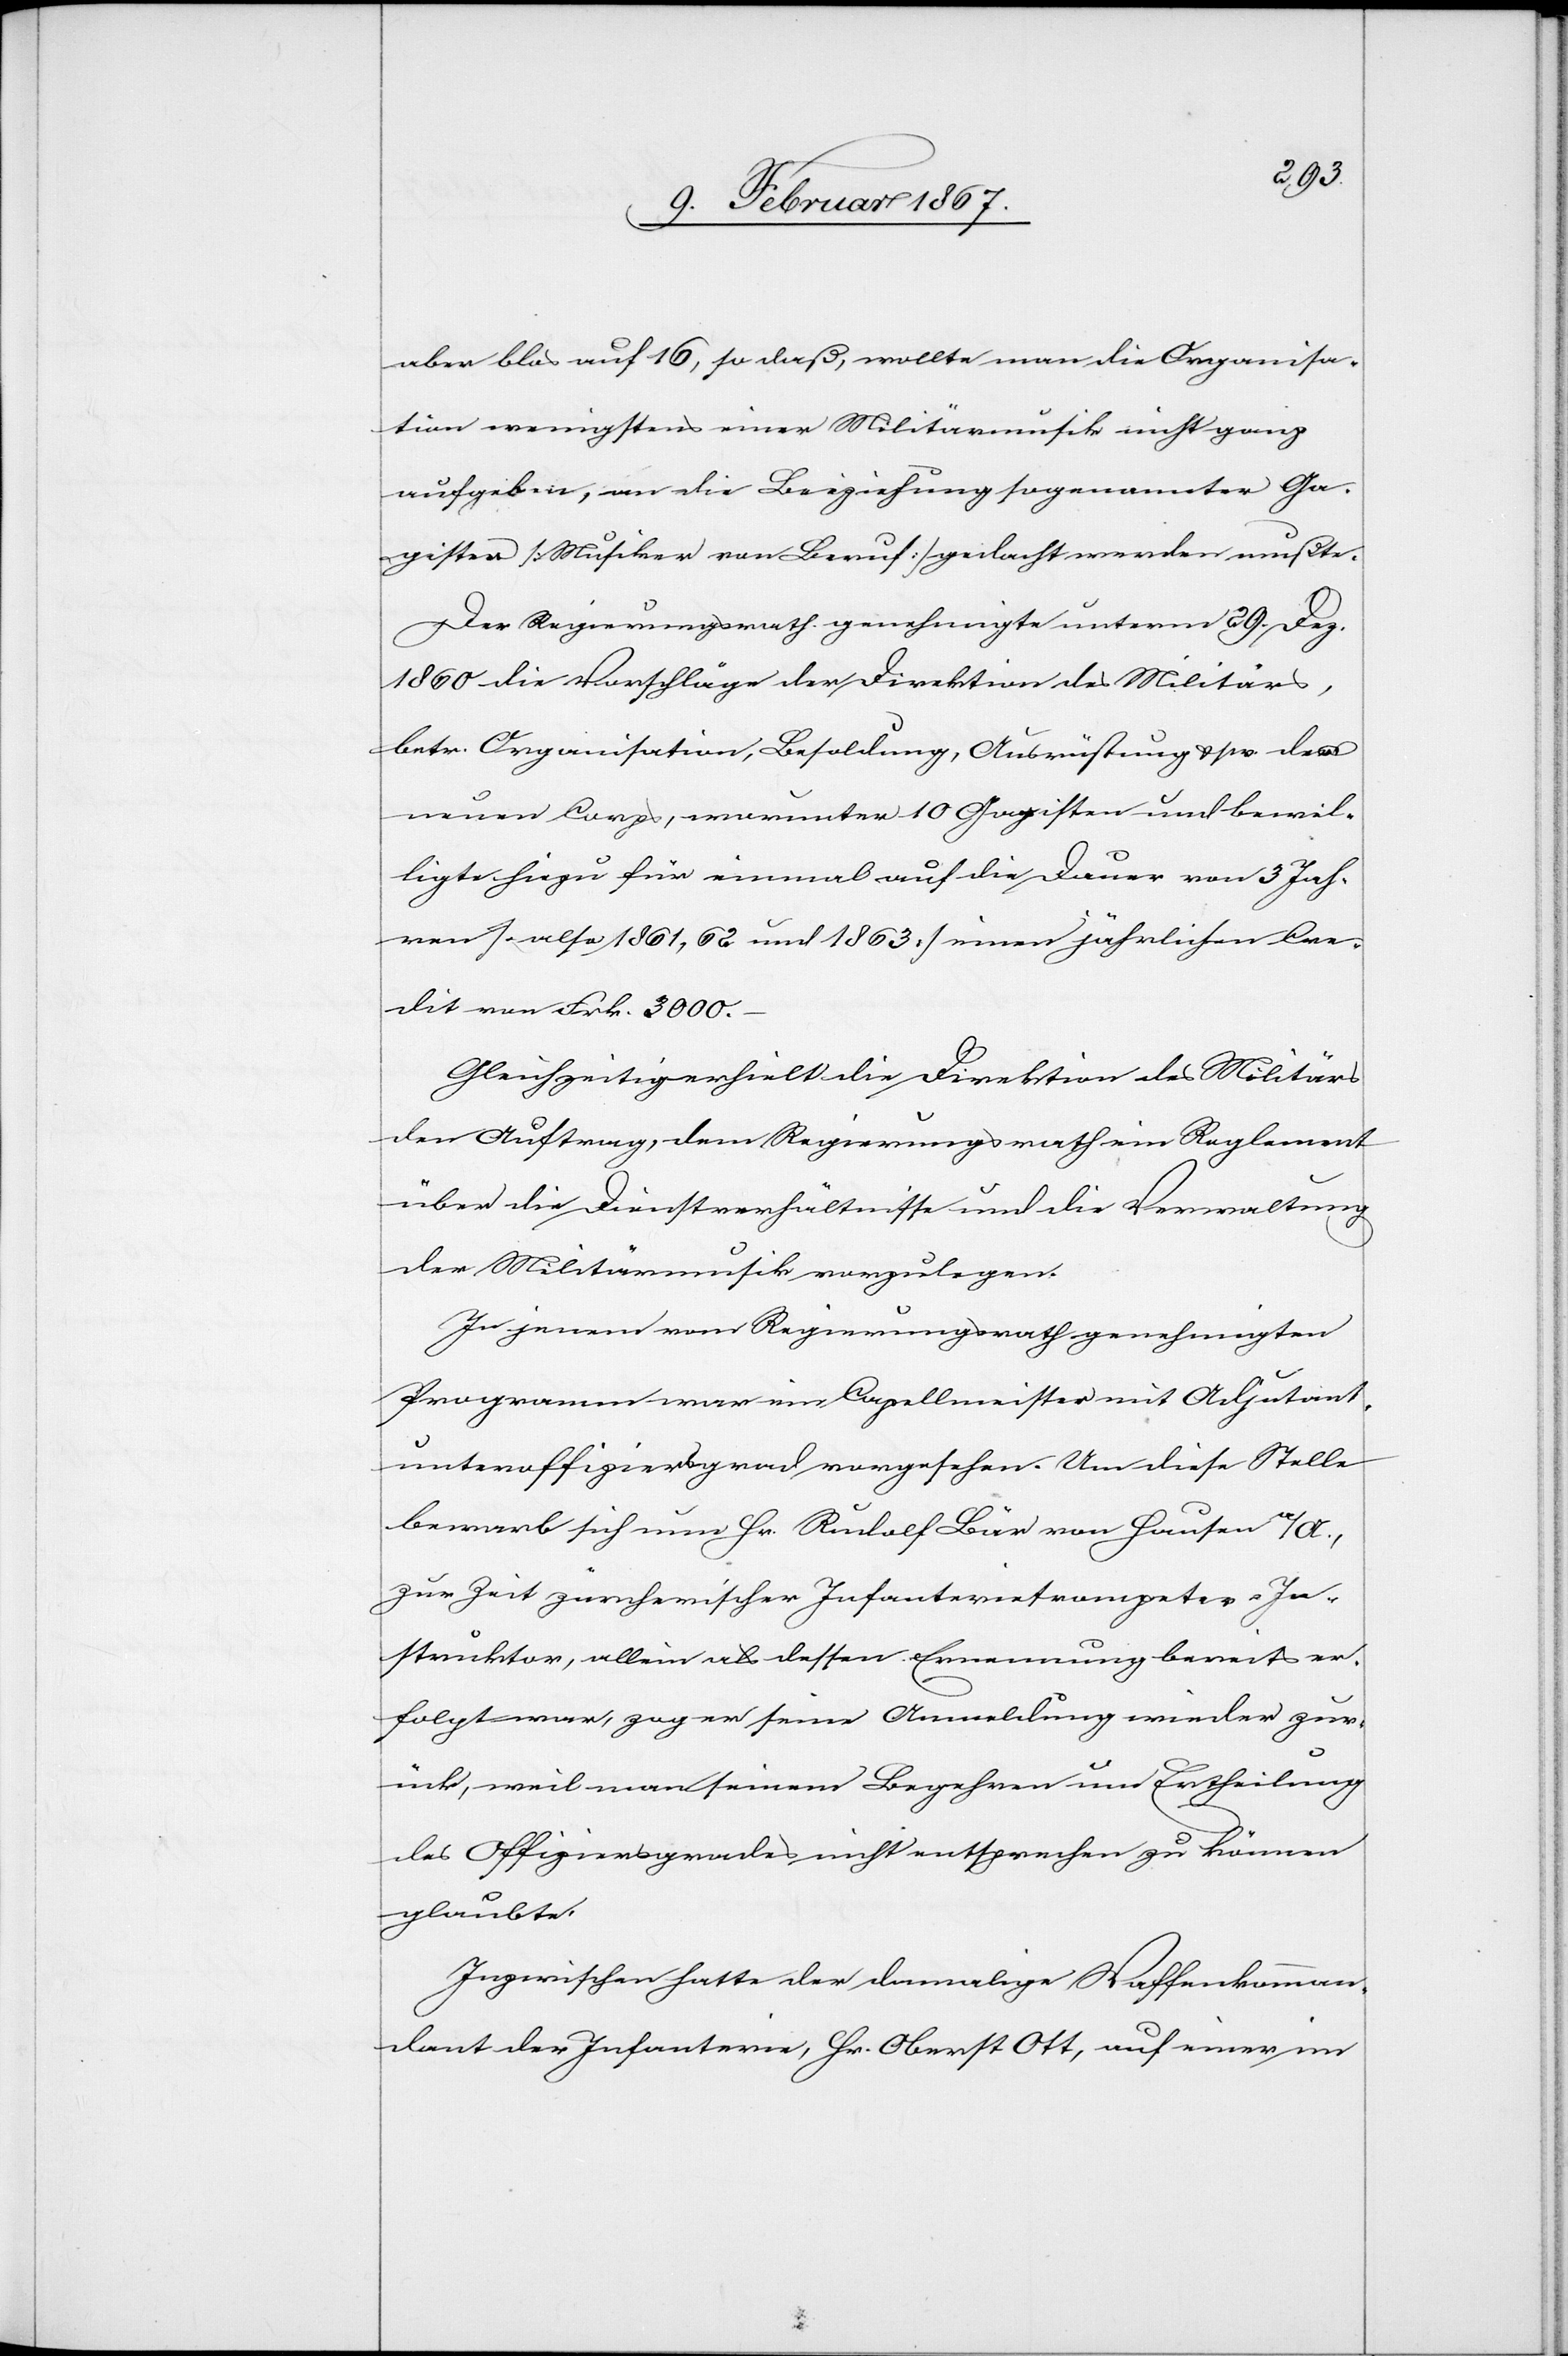
aber blos auf 16, so daß, wollte man die Organisa¬
tion wenigstens einer Militärmusik nicht ganz
aufgeben, an die Beiziehung sogenannter Ga¬
gisten [Musiker von Beruf] gedacht werden mußte.
Der Regierungsrath genehmigte unterm 29. Dez.
1860 die Vorschläge der Direktion des Militärs,
betr. Organisation, Besoldung, Ausrüstung u. s. w. des
neuen Corps, worunter 10 Gagisten und bewil¬
ligte hiezu für einmal auf die Dauer von 3 Jah¬
ren [also 1861, 62 und 1863] einen jährlichen Cre¬
dit von Frk. 3000.–
Gleichzeitig erhielt die Direktion des Militärs
den Auftrag, dem Regierungsrath ein Reglement
über die Dienstverhältnisse und die Verwaltung
der Militärmusik vorzulegen.
In jenem vom Regierungsrath genehmigten
Programm war ein Capellmeister mit Adjutant¬
unteroffiziersgrad vorgesehen. Um diese Stelle
bewarb sich nun Hr. Rudolf Bär von Hausen a/A.,
zur Zeit zürcherischer Infanterietrompeter-In¬
struktor, allein als dessen Ernennung bereits er¬
folgt war, zog er seine Anmeldung wieder zur¬
ück, weil man seinem Begehren um Ertheilung
des Offiziersgrades nicht entsprechen zu können
glaubte.
Inzwischen hatte der damalige Waffenkomman¬
dant der Infanterie, Hr. Oberst Ott, auf einer im